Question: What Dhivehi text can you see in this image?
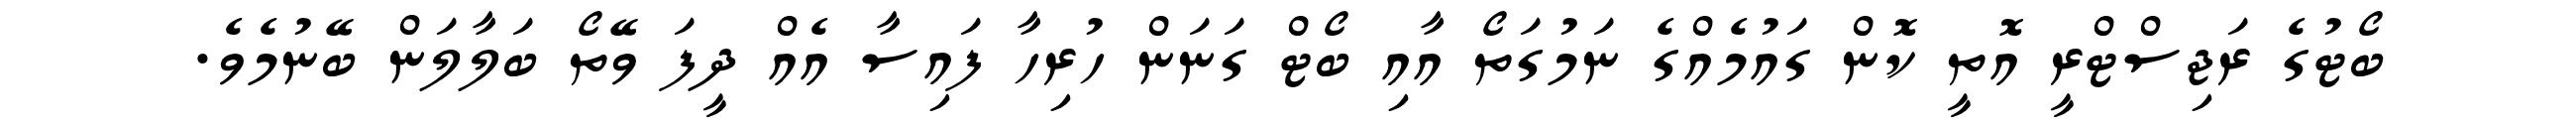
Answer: ބޯޓުގެ ރަޖިސްޓްރީ އޮތީ ކޮން ގައުމެއްގެ ނަމުގަތޯ އާއި ބޯޓް ގަނަން ހުރިހާ ފައިސާ އެއް ދީފަ ވޭތޯ ބަލާލަން ބޭނުމެވެ.